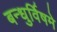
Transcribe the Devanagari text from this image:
बन्धुर्विषमे